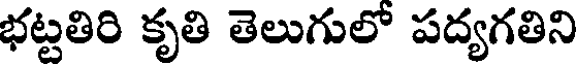
భట్టతిరి కృతి తెలుగులో పద్యగతిని